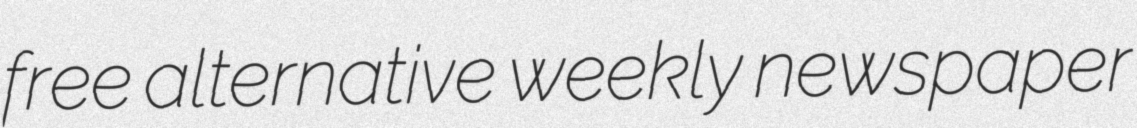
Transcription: free alternative weekly newspaper